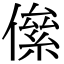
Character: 㒍